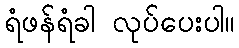
ရံဖန်ရံခါ လုပ်ပေးပါ။